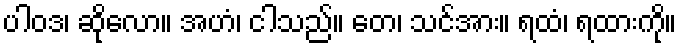
ပါဝဒ၊ ဆိုလော။ အဟံ၊ ငါသည်။ တေ၊ သင်အား။ ရထံ၊ ရထားကို။